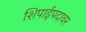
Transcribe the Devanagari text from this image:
शिपाईपदावर